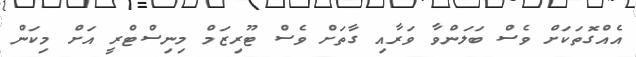
އެއްގޮތަކަށް ވެސް ބަލަންވާ ވަރާއި ގާތަށް ވެސް ޓޫރިޒަަމް މިނިސްޓްރީ އަށް މިކަން